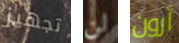
تجهيز لن أرون